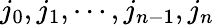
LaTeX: j_{0},j_{1},\cdots,j_{n-1},j_{n}